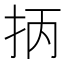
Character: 抦